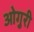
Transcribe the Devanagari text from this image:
ओगुरी